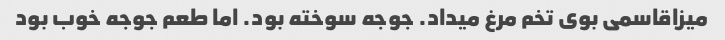
میزاقاسمی بوی تخم مرغ میداد. جوجه سوخته بود. اما طعم جوجه خوب بود